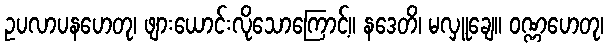
ဥပလာပနဟေတု၊ ဖျားယောင်းလိုသောကြောင့်။ နဒေတိ၊ မလှူချေ။ ဝဏ္ဏဟေတု၊